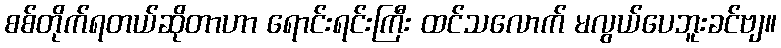
စစ်တိုက်ရတယ်ဆိုတာဟာ ရောင်းရင်းကြီး ထင်သလောက် မလွယ်ပေဘူးခင်ဗျ။